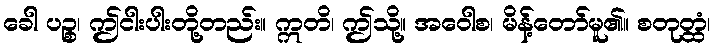
ခေါ ပဉ္စ၊ ဤငါးပါးတို့တည်း။ ဣတိ၊ ဤသို့။ အဝေါစ၊ မိန့်တော်မူ၏။ စတုတ္ထံ၊